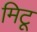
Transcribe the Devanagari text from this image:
मिटू